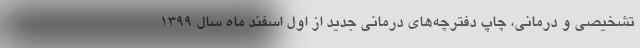
تشخیصی و درمانی، چاپ دفترچه‌های درمانی جدید از اول اسفند ماه سال ۱۳۹۹